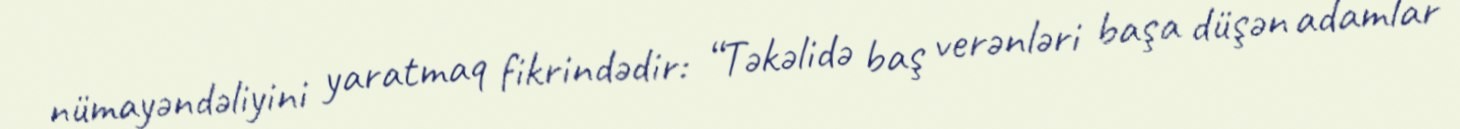
nümayəndəliyini yaratmaq fikrindədir: “Təkəlidə baş verənləri başa düşən adamlar